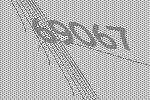
69067